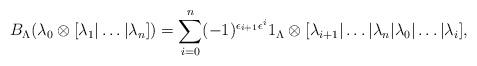
LaTeX: \begin{align*} B_{\Lambda} (\lambda_{0} \otimes [\lambda_{1} | \dots | \lambda_{n}]) = \sum_{i=0}^{n} (-1)^{\epsilon_{i+1} \epsilon^{i}} 1_{\Lambda} \otimes [\lambda_{i+1} | \dots | \lambda_{n} | \lambda_{0} | \dots | \lambda_{i}],\end{align*}